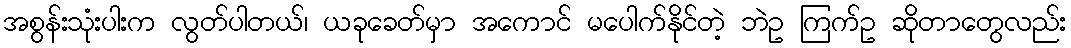
အစွန်းသုံးပါးက လွတ်ပါတယ်၊ ယခုခေတ်မှာ အကောင် မပေါက်နိုင်တဲ့ ဘဲဥ ကြက်ဥ ဆိုတာတွေလည်း